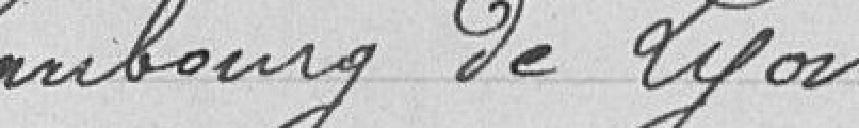
faubourg de Lyon